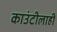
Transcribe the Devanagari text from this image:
काउंटीलाही